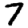
Digit: 7